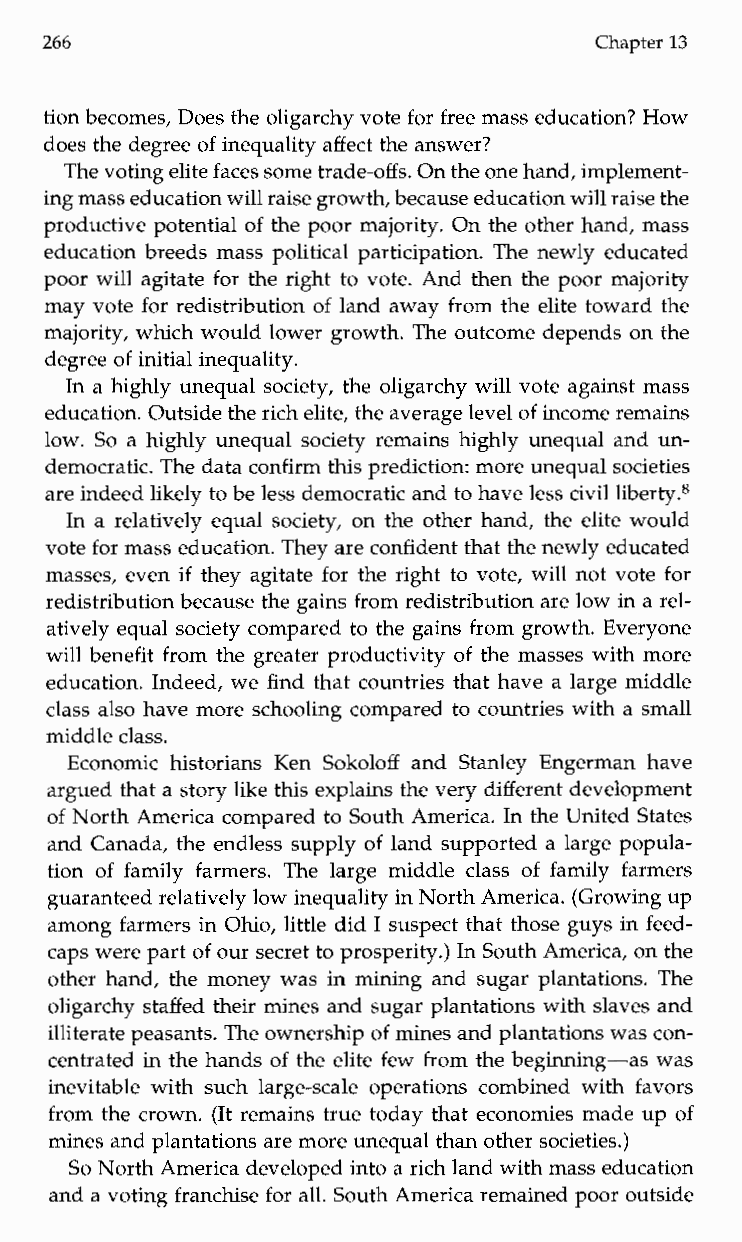
266                                  Chapter 13
 tion becomes, Does the oligarchy vote for free mass education? How
 does the degree of inequality affect the answer?
 The voting elite faces some trade-offs. On the one hand, implement-
 ing mass educationw ill raise growth, because education will raise the
 productive potential of the poor majority. On the other hand, mass
 education breeds mass political participation. The newly educated
 poor will agitate for the right to vote. And then the poor majority
 may vote for redistribution of land away from the elite toward the
 majority, which would lower growth. The outcome depends on the
 degree of initial inequality.
 In a highly unequal society, the oligarchy will vote against mass
 education. Outsidet he rich elite, the average level of income remains
 low. So a highly unequal society remains highly unequal and un-
 democratic. The data confirm this prediction: more unequal societies
 are indeed likely to be less democratic and to have less civil liberty.8
 in a relatively equal society, on the other hand, the elite would
 vote for mass education. They are confident that the newly educated
 masses, even if they agitate for the right to vote, will not vote for
 redistribution because the gains from redistribution are low in a rel-
 atively equal society compared to the gains from growth. Everyone
 will benefit from the greater productivity of the masses with more
 education. Indeed, we find that countries that have a large middle
 class also have more schooling compared to countries with a small
 middle class.
 Economic historians KenS okoloff and Stanley Engermanh ave
 argued that a story like this explains the very different development
 of North America compared to South America. in the United States
 and Canada, the endless supply of land supported a large popula-
 tion of family farmers. The large middle class of family farmers
 guaranteed relatively low inequality in North America. (Growing up
 among farmers in Ohio, little did I suspect that those guys in feed-
 caps were part of our secret to prosperity.) In South America, on the
 other hand, the money was in mining and sugar plantations. The
 oligarchy staffed their mines and sugar plantations with slaves and
 illiterate peasants. The ownership of mines and plantations wasc on-
 centrated in the hands of the elite few from the beginning-as was
 inevitable with such large-scale operations combined with favors
 from the crown. (it remains true today that economies made up of
 mines and plantations are more unequal thano ther societies.)
 So North America developed into a rich land with mass education
 and a voting franchise for all. South America remained poor outside